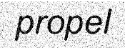
propel